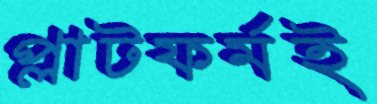
প্লাটফর্মই